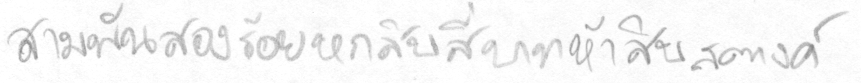
สามพันสองร้อยหกสิบสี่บาทห้าสิบสตางค์